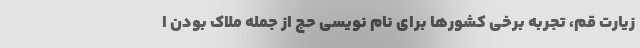
زیارت قم، تجربه برخی کشورها برای نام نویسی حج از جمله ملاک بودن ا